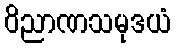
ဝိညာဏသမုဒယံ